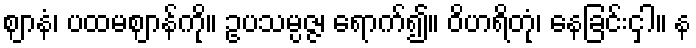
ဈာနံ၊ ပထမဈာန်ကို။ ဥပသမ္ပဇ္ဇ၊ ရောက်၍။ ဝိဟရိတုံ၊ နေခြင်းငှါ။ န